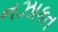
નઝાકત